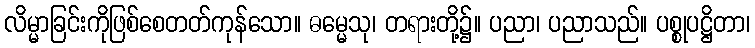
လိမ္မာခြင်းကိုဖြစ်စေတတ်ကုန်သော။ ဓမ္မေသု၊ တရားတို့၌။ ပညာ၊ ပညာသည်။ ပစ္စုပဋ္ဌိတာ၊